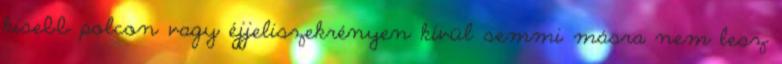
kisebb polcon vagy éjjeliszekrényen kívül semmi másra nem lesz